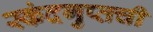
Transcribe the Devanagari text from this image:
स्कंदगुप्तची